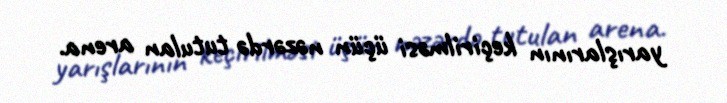
yarışlarının keçirilməsi üçün nəzərdə tutulan arena.